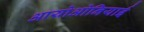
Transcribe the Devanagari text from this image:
आयोओनियाई